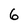
Character: 6